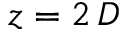
z = 2 \, D